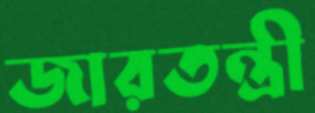
জারতন্ত্রী